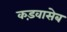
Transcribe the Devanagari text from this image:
कड़वासेब